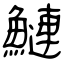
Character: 鰱